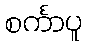
စင်္ကာပူ